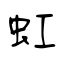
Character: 虹